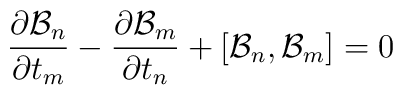
{\partial{\cal B}_n\over\partial t_m}-{\partial{\cal B}_m\over\partial t_n} +[{\cal B}_n,{\cal B}_m] = 0